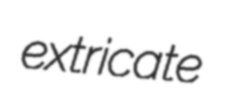
extricate